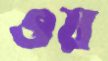
ওয়